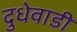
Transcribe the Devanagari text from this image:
दुधेवाडी